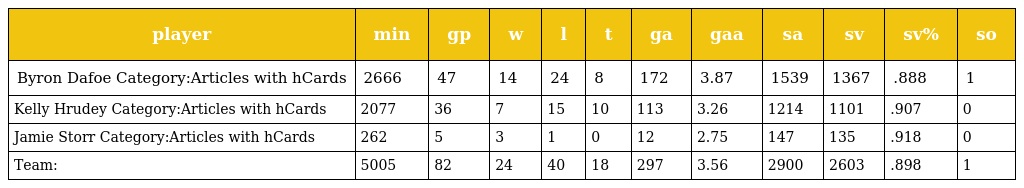
| player | min | gp | w | l | t | ga | gaa | sa | sv | sv% | so |
 | --- | --- | --- | --- | --- | --- | --- | --- | --- | --- | --- | --- |
 | Byron Dafoe Category:Articles with hCards | 2666 | 47 | 14 | 24 | 8 | 172 | 3.87 | 1539 | 1367 | .888 | 1 |
 | Kelly Hrudey Category:Articles with hCards | 2077 | 36 | 7 | 15 | 10 | 113 | 3.26 | 1214 | 1101 | .907 | 0 |
 | Jamie Storr Category:Articles with hCards | 262 | 5 | 3 | 1 | 0 | 12 | 2.75 | 147 | 135 | .918 | 0 |
 | Team: | 5005 | 82 | 24 | 40 | 18 | 297 | 3.56 | 2900 | 2603 | .898 | 1 |